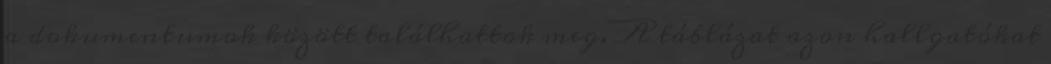
a dokumentumok között találhattok meg. A táblázat azon hallgatókat